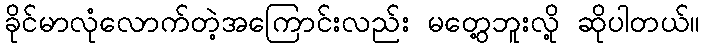
ခိုင်မာလုံလောက်တဲ့အကြောင်းလည်း မတွေ့ဘူးလို့ ဆိုပါတယ်။